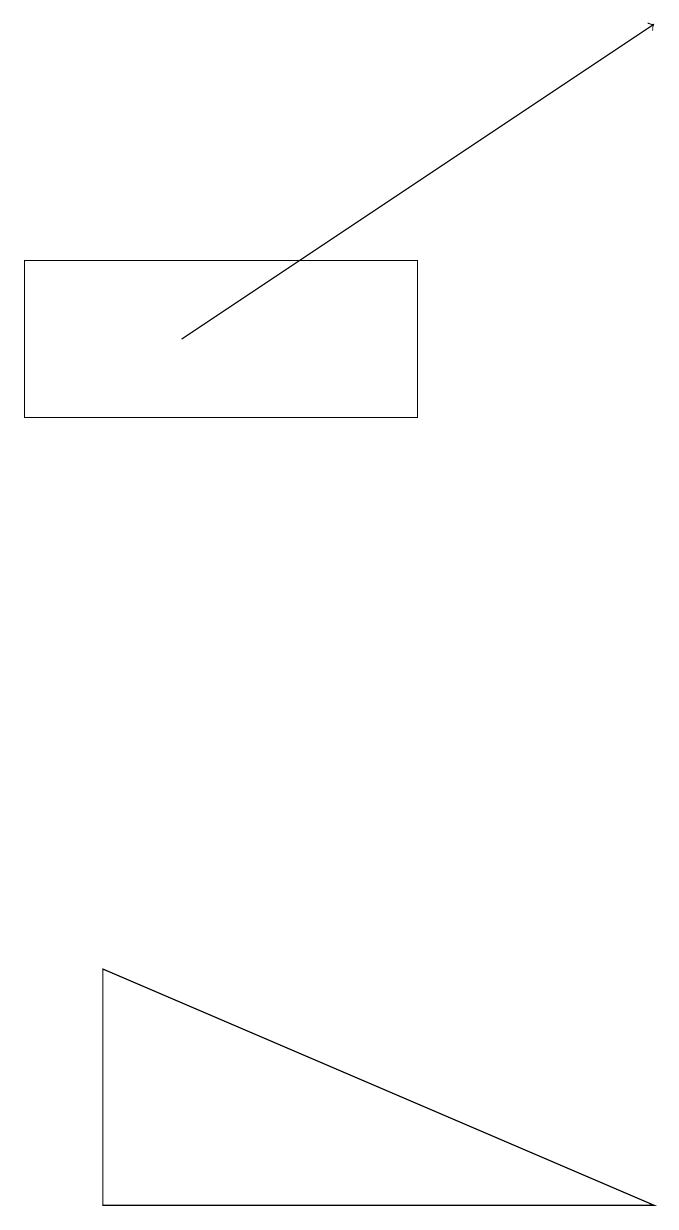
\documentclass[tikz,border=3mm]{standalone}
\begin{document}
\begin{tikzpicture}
\draw (8,0) -- (1,3) -- (1,0) -- cycle;
\draw[->] (2,11) -- (8,15);
\draw (5,10) rectangle (0,12);
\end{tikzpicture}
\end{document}